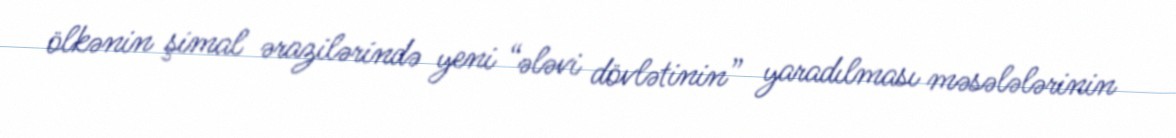
ölkənin şimal ərazilərində yeni “ələvi dövlətinin” yaradılması məsələlərinin